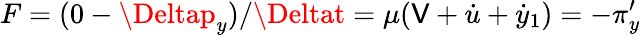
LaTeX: F=(0-\Deltap_{y})/\Deltat=\mu(\mathsf{V}+\dot{{u}}+\dot{{y}}_{1})=-\pi_{y}^{\prime}